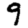
Digit: 9